kultuurilooline_kollektsioon, lk 49
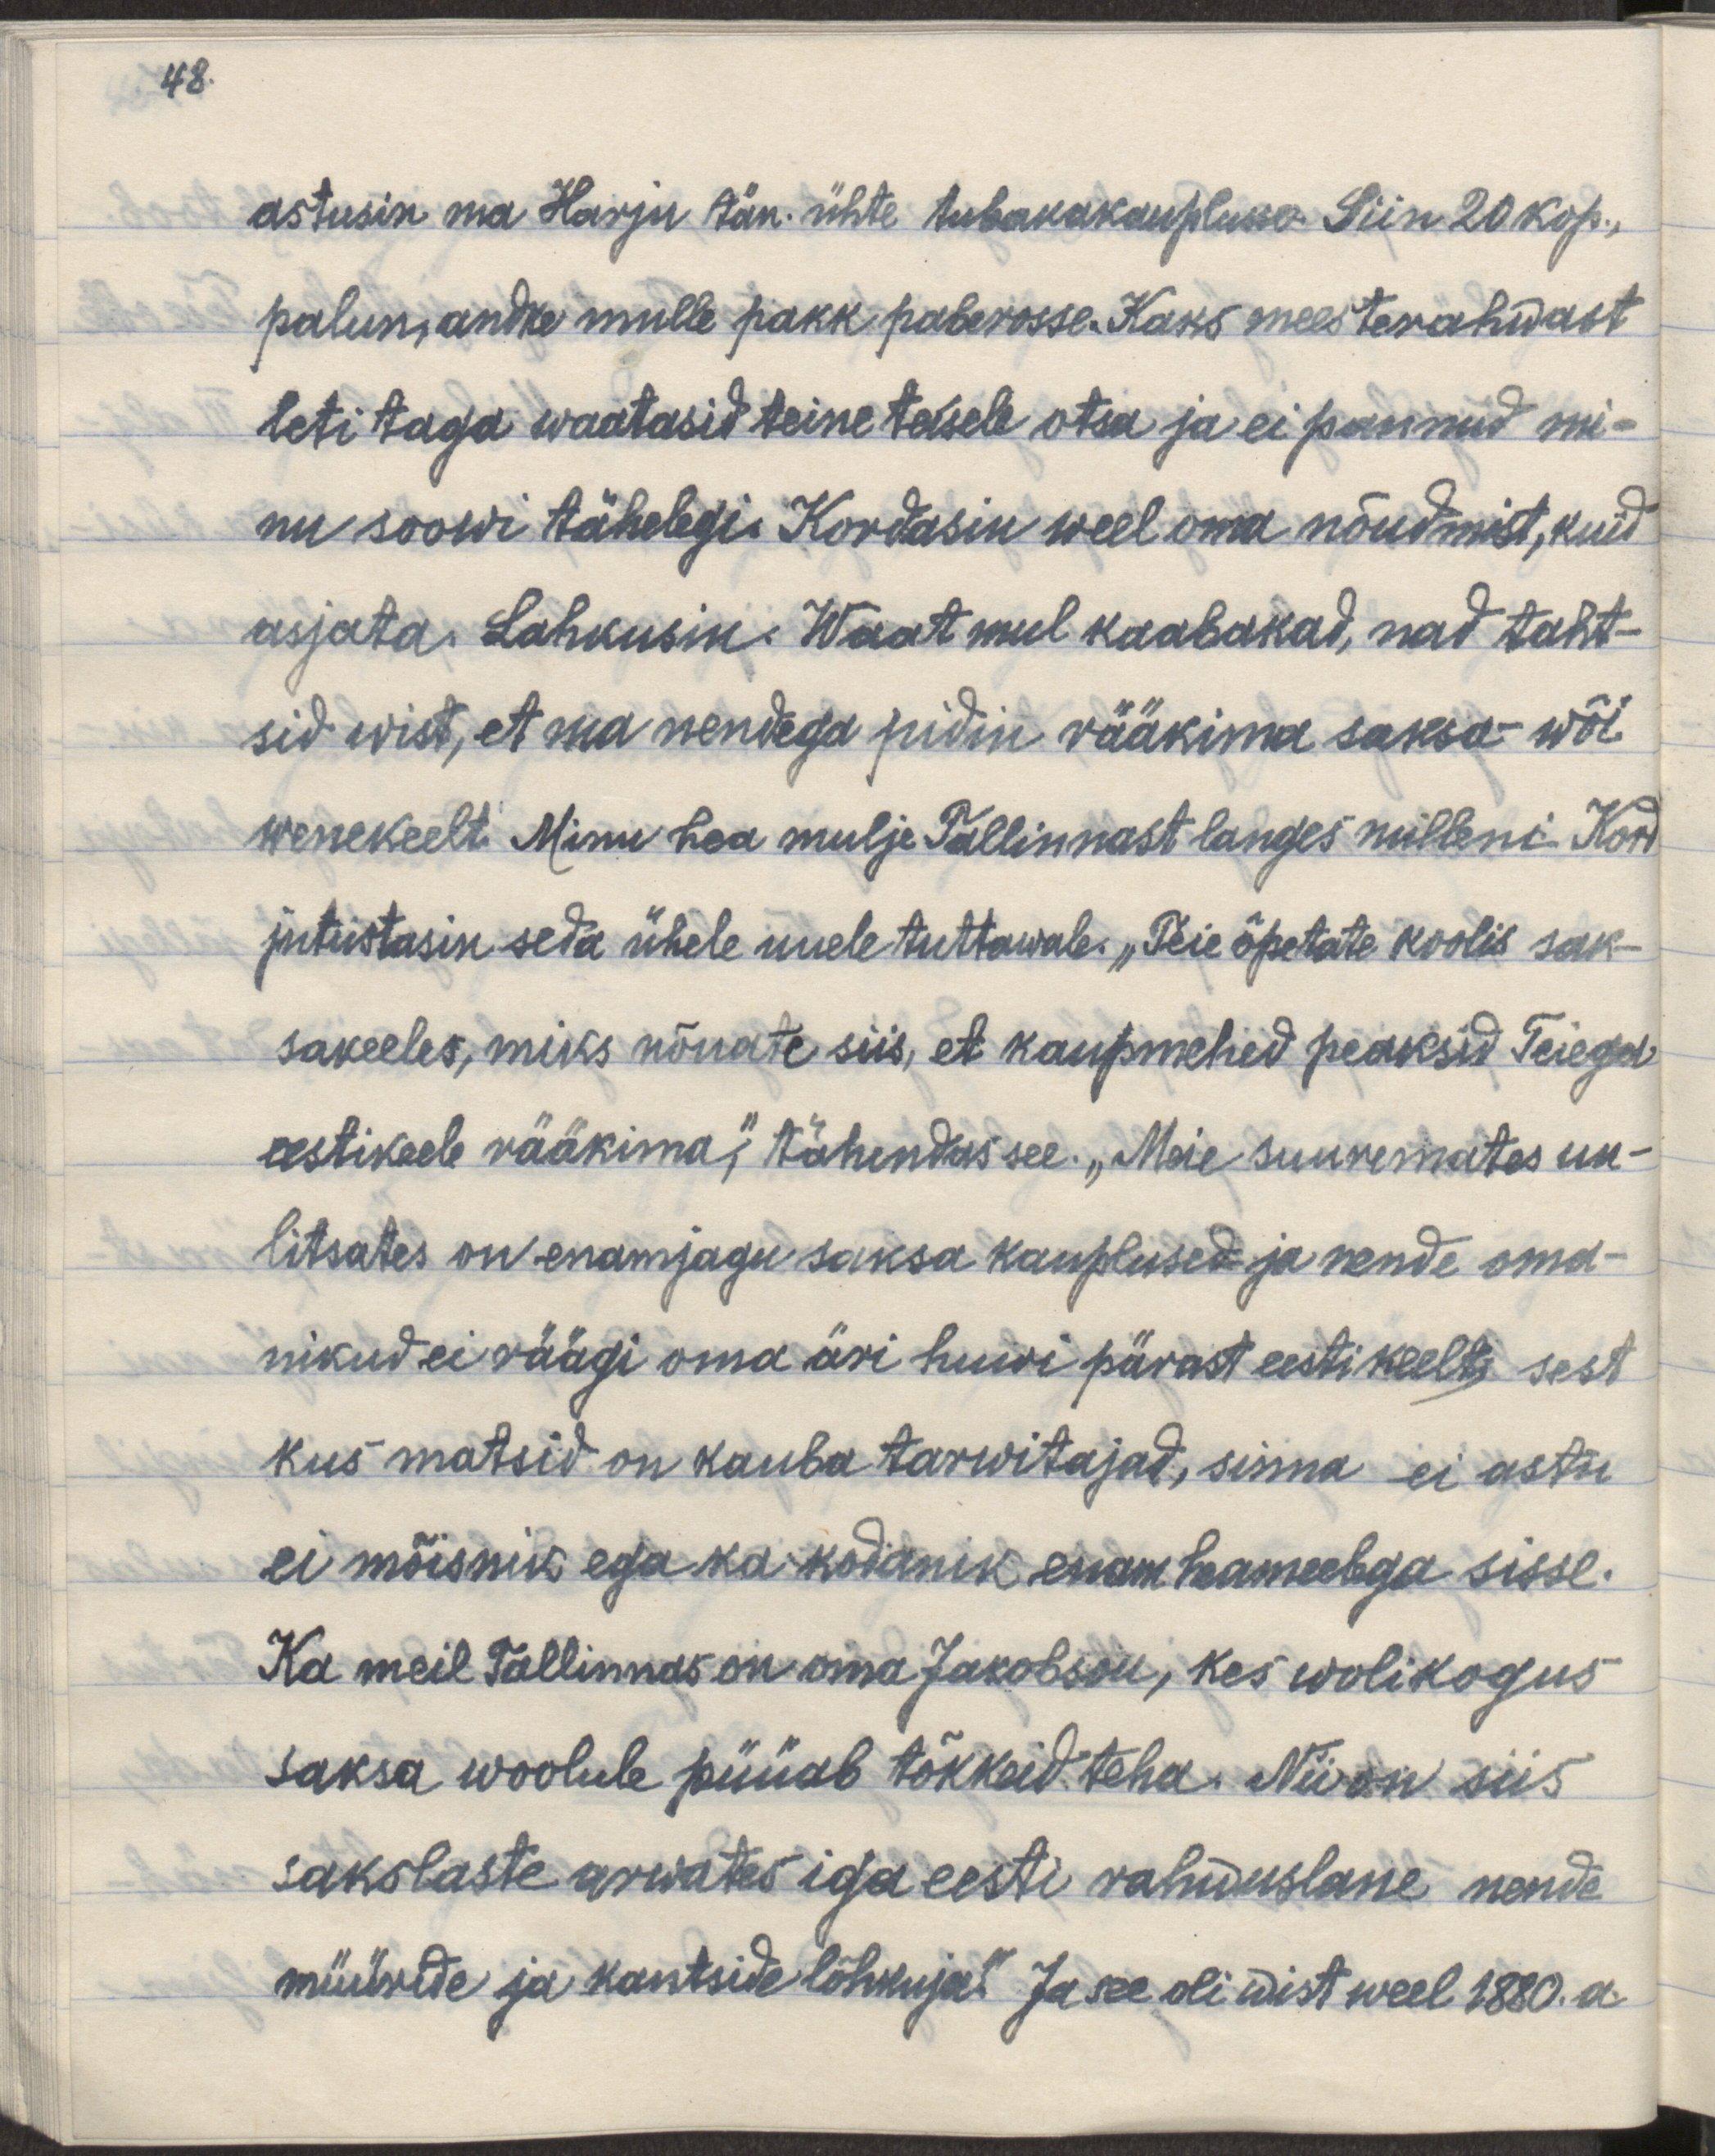
48.
astusin ma Harju tän. ühte tubakakauplusse. Siin 20 kop.,
palun, andke mulle pakk paberosse. Kaks meesterahwast
leti taga waatasid teine teisele otsa ja ei pannud mi-
nu soowi tähelegi. Kordasin weel oma nõudmist, kuid
asjata. Lahkusin. Waat mul kaabakad, nad taht-
sid wist, et ma nendega pidin rääkima saksa wõi
wenekeelt. Minu hea mulje Tallinnast langes milleni. Kord
jutustasin seda ühele uuele tuttawale. „Teie õpetate koolis sak-
sakeeles, mis nõuate siis, et kaupmehed peaksid Teiega
eestikeele rääkima," tähendas see. „Meie suuremates uu-
litsates on enamjagu saksa kauplused ja nende oma-
nikud ei räägi oma äri huvi pärast eestikeelt, sest
kus matsid on kauba tarwitajad, sinna ei astu
ei mõisnik ega ka kodanik enam heameelega sisse.
Ka meil Tallinnas on oma Jakobson, kes wolikogus
saksa woolule püüab tõkkeid teha. Nii on siis
sakslaste arwates iga eesti rahwuslane nende
müüride ja kantside lõhkuja." Ja see oli wist weel 1880. a.